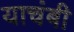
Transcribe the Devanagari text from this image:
याचंबी